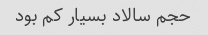
حجم سالاد بسیار کم بود